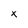
Character: X